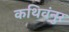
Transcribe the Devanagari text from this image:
कथिवंनुर